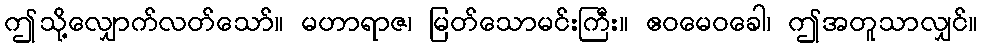
ဤသို့လျှောက်လတ်သော်။ မဟာရာဇ၊ မြတ်သောမင်းကြီး။ ဧဝမေဝခေါ၊ ဤအတူသာလျှင်။